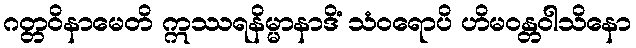
ဂတ္တဝိနာမေတိ ဣဿရနိမ္မာနာဒိံ သံဝရောပိ ဟိမဝန္တဝါသိနော